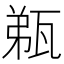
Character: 𤭌